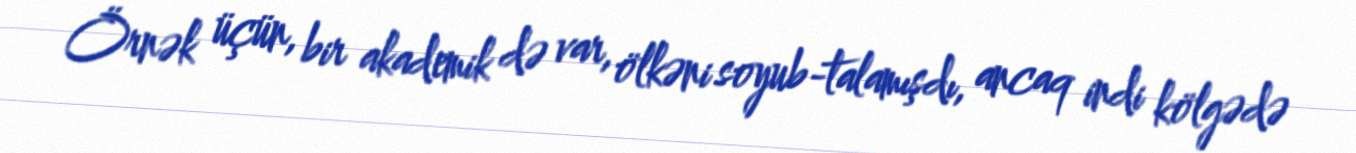
Örnək üçün, bir akademik də var, ölkəni soyub-talamışdı, ancaq indi kölgədə